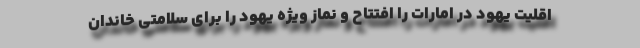
اقلیت یهود در امارات را افتتاح و نماز ویژه یهود را برای سلامتی خاندان